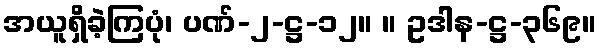
အယူရှိခဲ့ကြပုံ၊ ပဏ်-၂-ဋ္ဌ-၁၂။ ။ ဥဒါန-ဋ္ဌ-၃၆၉။